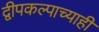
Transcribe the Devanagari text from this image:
द्वीपकल्पाच्याही